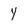
Character: y